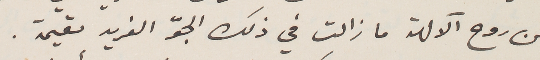
من روح الآلهة ما زالت في ذلك الجوّ الفريد مقيمة.